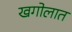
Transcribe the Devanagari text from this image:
खगोलात